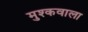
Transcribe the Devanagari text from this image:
मुश्कवाला